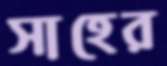
সাহের